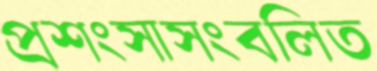
প্রশংসাসংবলিত